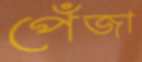
পেঁজা